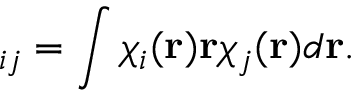
{ \bf \mu } _ { i j } = \int \chi _ { i } ( { \bf r } ) { \bf r } \chi _ { j } ( { \bf r } ) d { \bf r } .